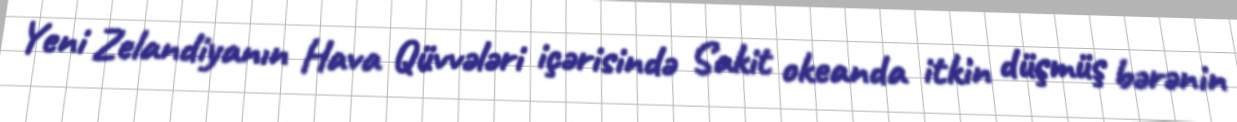
Yeni Zelandiyanın Hava Qüvvələri içərisində Sakit okeanda itkin düşmüş bərənin